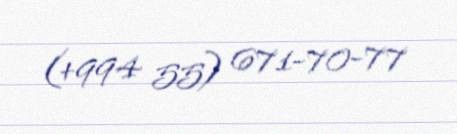
(+994 55) 671-70-77